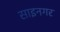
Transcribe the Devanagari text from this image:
साइनगर